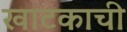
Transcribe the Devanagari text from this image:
खाटकाची